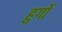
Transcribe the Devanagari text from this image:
हुर्गो